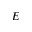
E